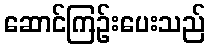
ဆောင်ကြဉ်းပေးသည်